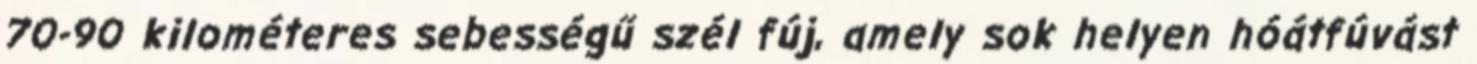
70-90 kilométeres sebességű szél fúj, amely sok helyen hóátfúvást